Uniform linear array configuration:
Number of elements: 24
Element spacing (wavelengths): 1
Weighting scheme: hamming
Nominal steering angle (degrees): -15
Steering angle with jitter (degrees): -13.167
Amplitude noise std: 0.05
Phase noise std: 0.05

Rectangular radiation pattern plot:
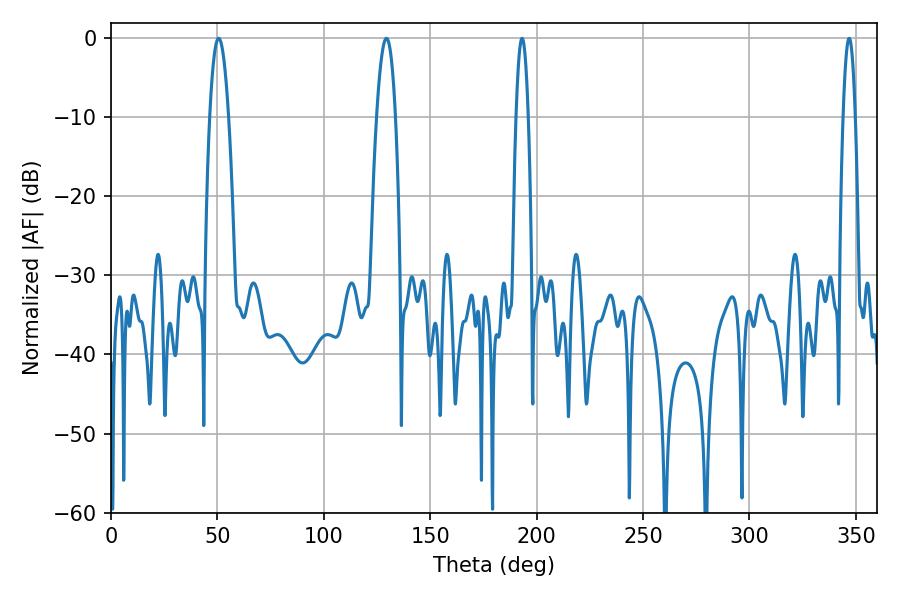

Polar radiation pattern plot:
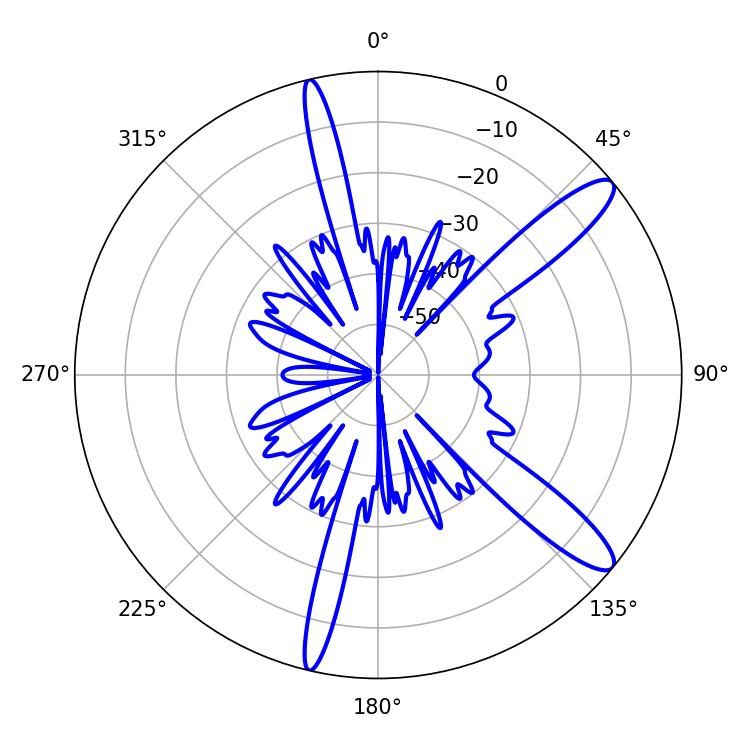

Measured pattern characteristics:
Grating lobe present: TRUE
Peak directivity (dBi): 12.392
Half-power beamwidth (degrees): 4.86
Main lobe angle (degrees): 50.58